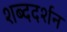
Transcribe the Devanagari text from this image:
शब्ददर्शन